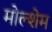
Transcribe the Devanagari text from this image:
मोल्शेम